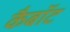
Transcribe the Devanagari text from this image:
कैबॉट